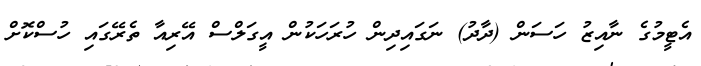
އެޓީމުގެ ނާއިޒު ހަސަން (ދާދު) ނަގައިދިން ހުރަހަކުން އީގަލްސް އޭރިއާ ތެރޭގައި ހުސްކޮށް